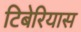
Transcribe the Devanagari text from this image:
टिबेरियास